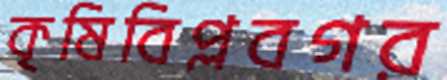
কৃষিবিপ্লবগর